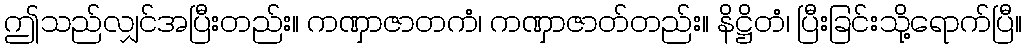
ဤသည်လျှင်အပြီးတည်း။ ကဏှာဇာတကံ၊ ကဏှာဇာတ်တည်း။ နိဋ္ဌိတံ၊ ပြီးခြင်းသို့ရောက်ပြီ။